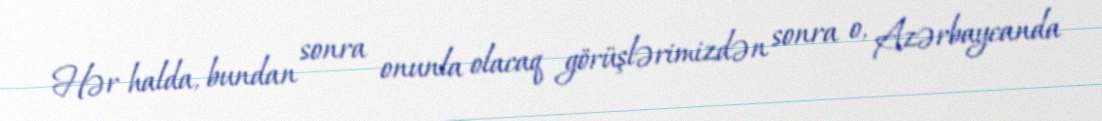
Hər halda, bundan sonra onunla olacaq görüşlərimizdən sonra o, Azərbaycanda